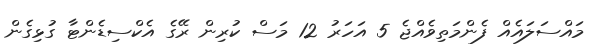
މައްސަލައެއް ފެންމަތިވެއްޖެ 5 އަހަރު 12 މަސް ކުރިން ރޭގެ އެކްސިޑެންޓާ ގުޅިގެން